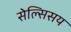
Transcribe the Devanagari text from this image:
सेल्सिसय